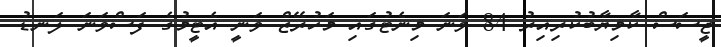
ޖީސަސް ކާމިޔާބުކުރިއިރު 84 ވަނަ މިނެޓުގައި މަހުރޭޒް ވަނީ އެޓީމުގެ ފަސްވަނަ ލަނޑު